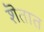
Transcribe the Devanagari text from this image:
शॆतात